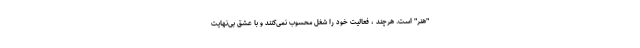
"هنر" است. هرچند ، فعالیت خود را شغل محسوب نمی‌کنند و با عشق بی‌نهایت